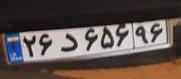
۲۶د۶۵۶۹۶